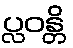
ပ္လဝန္တိ